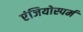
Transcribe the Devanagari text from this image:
एंजियोस्पर्म